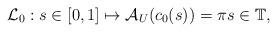
LaTeX: \begin{align*}\mathcal{L}_0:s\in [0,1]\mapsto \mathcal{A}_U(c_0(s))=\pi s\in \mathbb{T},\end{align*}